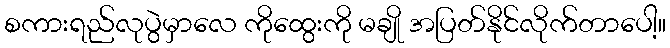
စကားရည်လုပွဲမှာလေ ကိုထွေးကို မချို အပြတ်နိုင်လိုက်တာပေါ့။